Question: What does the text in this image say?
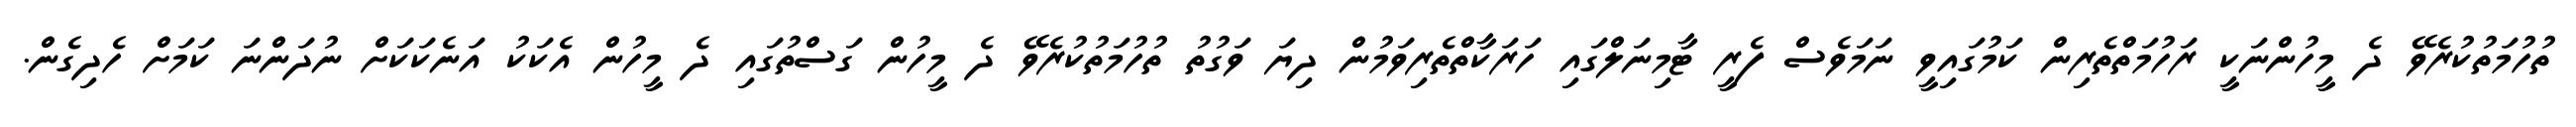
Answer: ތުހުމަތުކުރެވޭ ދެ މީހުންނަކީ ރަހުމަތްތެރިން ކަމުގައިވީ ނަމަވެސް ފެރީ ޓާމިނަލްގައި ހަރަކާތްތެރިވަމުން ދިޔަ ވަގުތު ތުހުމަތުކުރެވޭ ދެ މީހުން ގަސްތުގައި ދެ މީހުން އެކަކު އަނެކަކަށް ނުދަންނަ ކަމަށް ހެދިގެން.